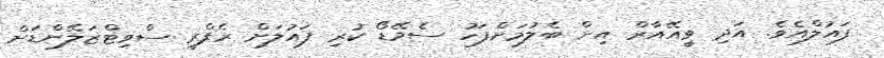
ފައުލްއެވެ. އަދި ވީއޭއާރް އިން ބެލުމަށްފަހު ސެމޭޑޯ ކުރި ފައުލަށް ރެފްރީ ސްވިޓްޒަލޭންޑަށް